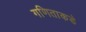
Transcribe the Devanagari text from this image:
गणिताकडे